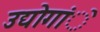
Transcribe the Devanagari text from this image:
उद्योगांे